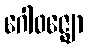
ဂေါဝဇ္ဈော